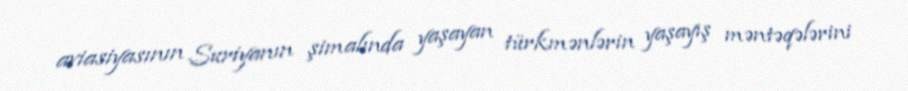
aviasiyasının Suriyanın şimalında yaşayan türkmənlərin yaşayış məntəqələrini